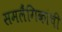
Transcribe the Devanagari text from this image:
समलैंगिकांची